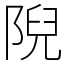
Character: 𨺙